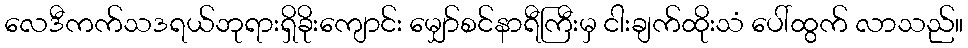
လေဒီကက်သဒရယ်ဘုရားရှိခိုးကျောင်း မျှော်စင်နာရီကြီးမှ ငါးချက်ထိုးသံ ပေါ်ထွက် လာသည်။